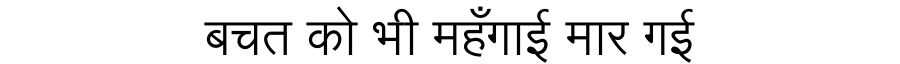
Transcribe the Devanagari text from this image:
बचत को भी महँगाई मार गई